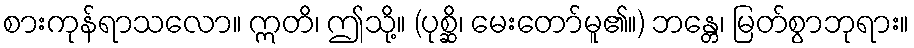
စားကုန်ရာသလော။ ဣတိ၊ ဤသို့။ (ပုစ္ဆိ၊ မေးတော်မူ၏။) ဘန္တေ၊ မြတ်စွာဘုရား။